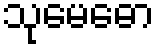
သုမေဓော